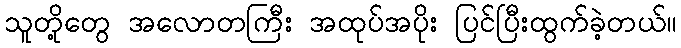
သူတို့တွေ အလောတကြီး အထုပ်အပိုး ပြင်ပြီးထွက်ခဲ့တယ်။